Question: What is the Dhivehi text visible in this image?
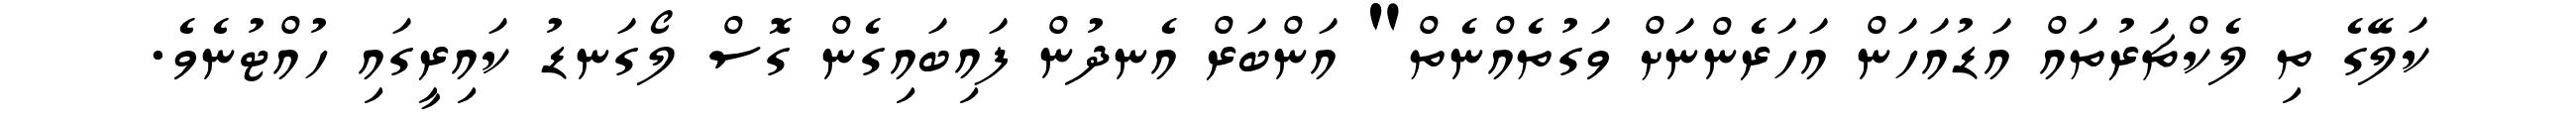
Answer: ކަލޭގެ ތި ލެކްޗަރުތައް އަޑުއަހަން އަހަރެންނަށް ވަގުތެއްނެތް" އަންބަރް އެނދުން ފައިބައިގެން ގޮސް ލޯގަނޑު ކައިރީގައި ހުއްޓުނެވެ.